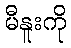
မီနူးကို